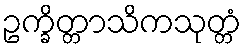
ဥက္ခိတ္တာသိကသုတ္တံ